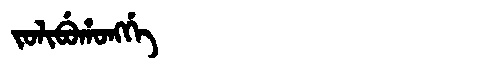
Manchu: ᠵᠣᠯᡳᠪᡠᡥᠣᠩᡤᡝ
Romanization: JOLIBUHONGGE